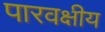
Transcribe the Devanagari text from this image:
पारवक्षीय